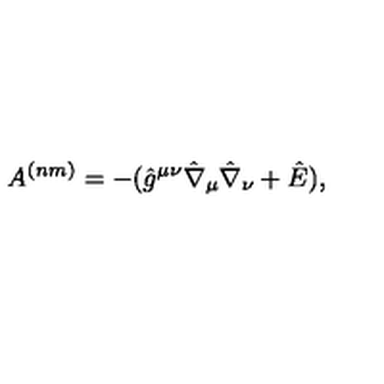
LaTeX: A ^ { ( n m ) } = - ( \hat { g } ^ { \mu \nu } \hat { \nabla } _ { \mu } \hat { \nabla } _ { \nu } + \hat { E } ) ,